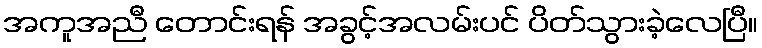
အကူအညီ တောင်းရန် အခွင့်အလမ်းပင် ပိတ်သွားခဲ့လေပြီ။